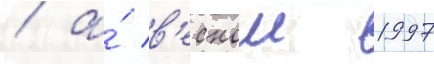
/ а́ в'еснои 1997